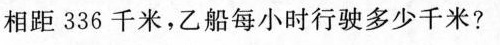
相距336千米，乙船每小时行驶多少千米?